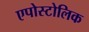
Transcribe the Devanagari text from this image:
एपोस्टोलिक